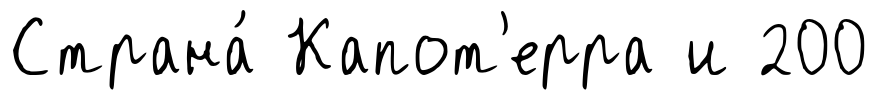
Страна́ Капот'ерра и 200